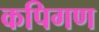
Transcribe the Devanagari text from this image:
कपिगण